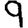
Digit: 9